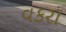
વકરા